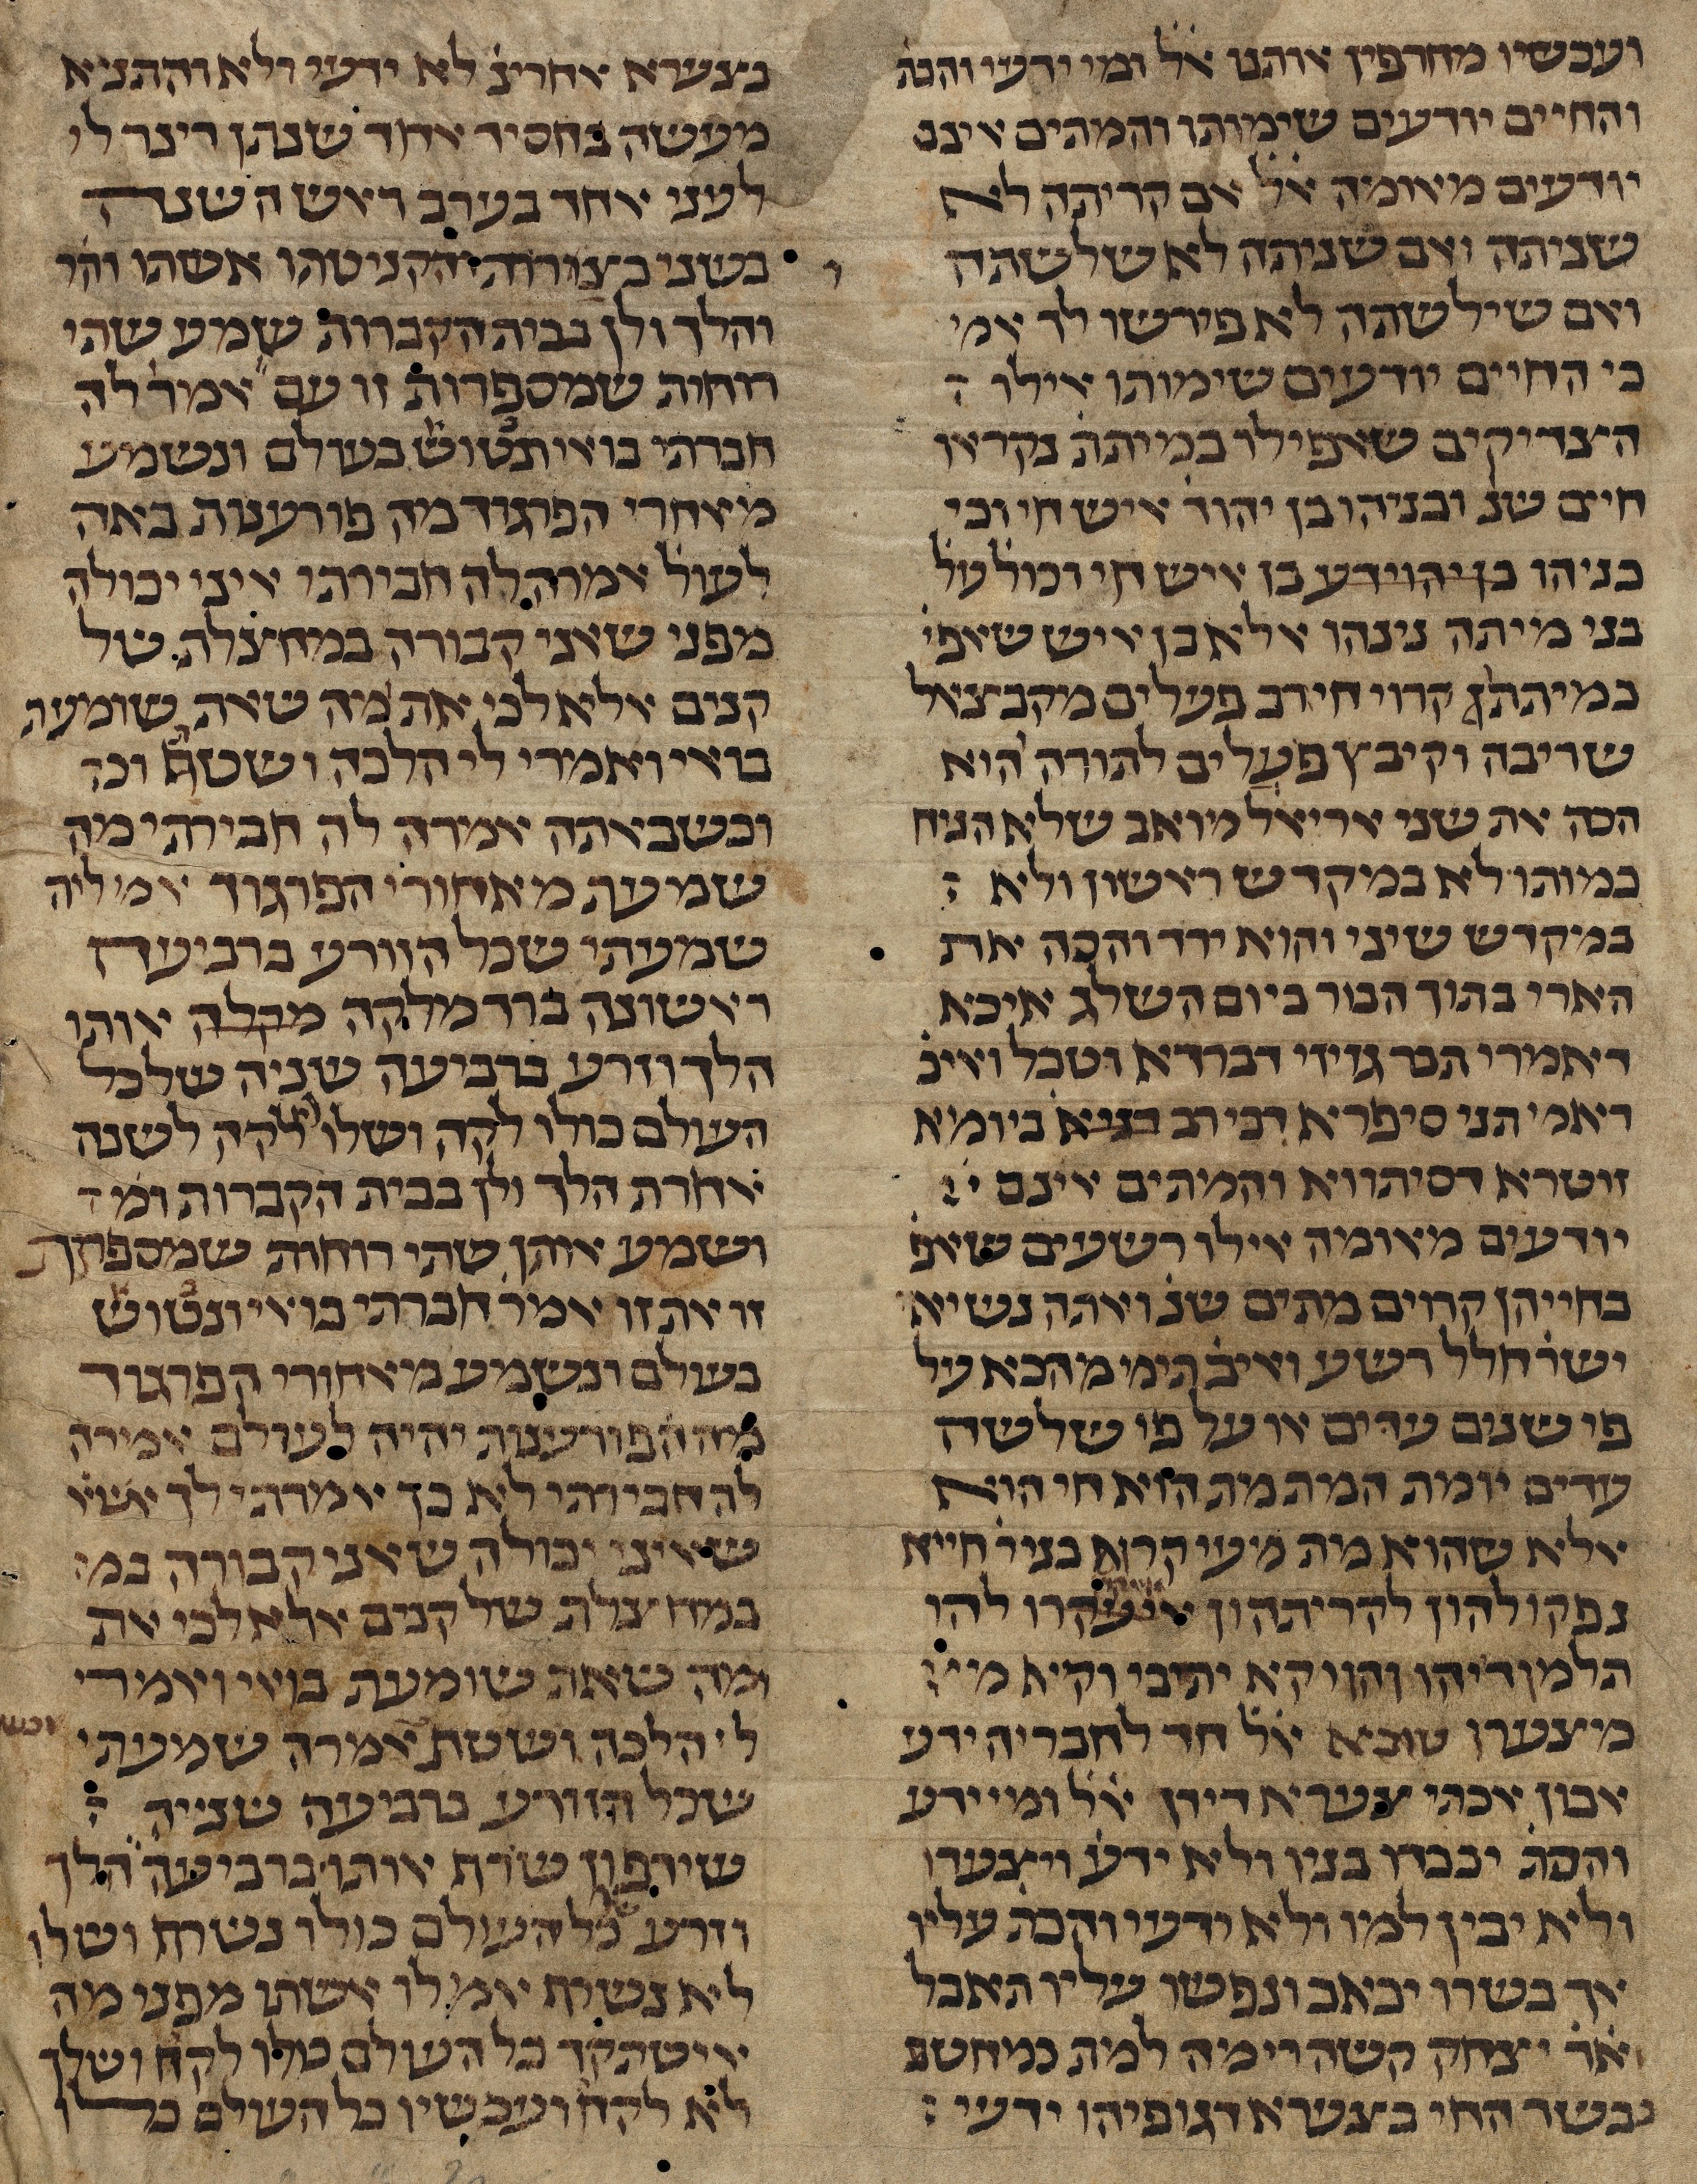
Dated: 1385–1399